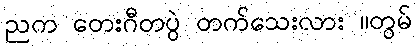
ညက တေးဂီတပွဲ တက်သေးလား ။တွမ်